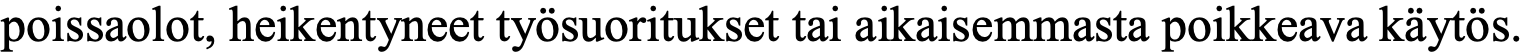
poissaolot, heikentyneet työsuoritukset tai aikaisemmasta poikkeava käytös.